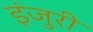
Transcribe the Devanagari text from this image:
इंजुरी